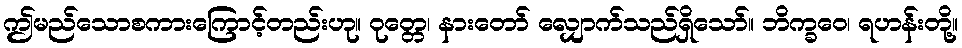
ဤမည်သောစကားကြောင့်တည်းဟု။ ဝုတ္တေ၊ နားတော် လျှောက်သည်ရှိသော်။ ဘိက္ခဝေ၊ ရဟန်းတို့။